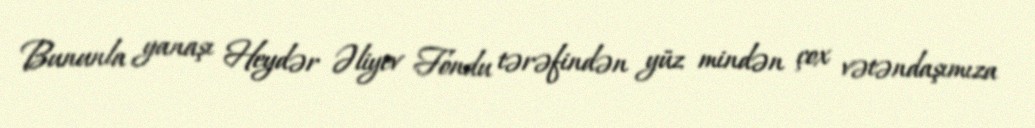
Bununla yanaşı Heydər Əliyev Fondu tərəfindən yüz mindən çox vətəndaşımıza